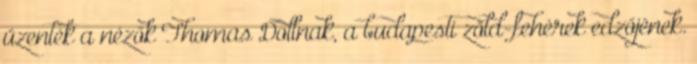
üzenték a nézők Thomas Dollnak, a budapesti zöld-fehérek edzőjének.